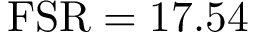
\mathrm { F S R } = 1 7 . 5 4